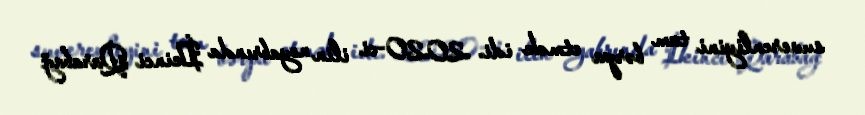
suverenliyini tam bərpa etmək idi. 2020-ci ilin noyabrında İkinci Qarabağ